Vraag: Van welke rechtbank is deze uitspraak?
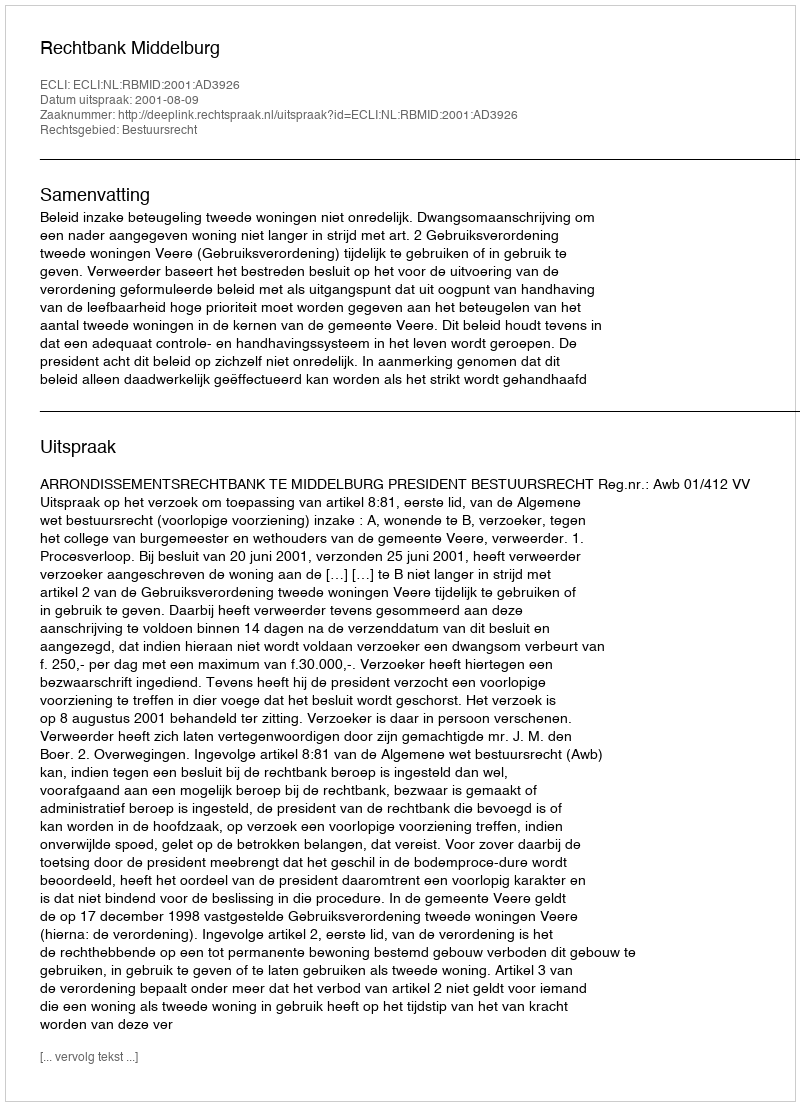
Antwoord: Rechtbank Middelburg